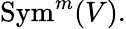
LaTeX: {\mathrm{Sym}}^{m}(V).